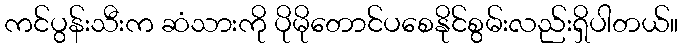
ကင်ပွန်းသီးက ဆံသားကို ပိုမိုတောင်ပစေနိုင်စွမ်းလည်းရှိပါတယ်။